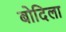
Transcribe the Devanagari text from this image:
बोदिला